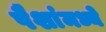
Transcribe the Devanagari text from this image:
पैशांमध्ये